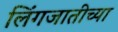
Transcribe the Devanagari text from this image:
लिंगजातीच्या